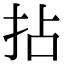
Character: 拈